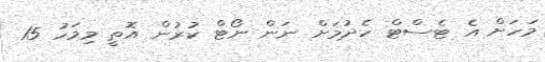
މަހަށް އެ ޓެސްޓް ހެދުމަށް ނަން ނޯޓް ކުރުން އޮތީ މިމަހު 15